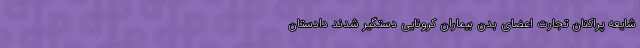
شایعه پراکنان تجارت اعضای بدن بیماران کرونایی دستگیر شدند دادستان